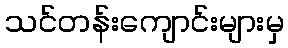
သင်တန်းကျောင်းများမှ